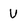
Character: U